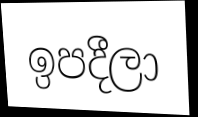
ඉපදීලා